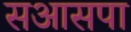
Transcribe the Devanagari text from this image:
सआसपा